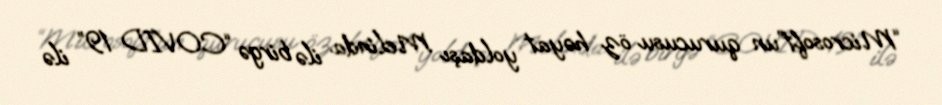
“Microsoft”un qurucusu öz həyat yoldaşı Melinda ilə birgə “COVID 19” ilə